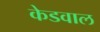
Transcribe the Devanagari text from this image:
केडवाल